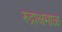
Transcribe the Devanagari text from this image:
रुद्राक्षमाळ